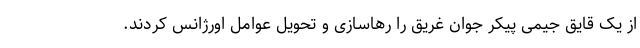
از یک قایق جیمی پیکر جوان غریق را رهاسازی و تحویل عوامل اورژانس کردند.